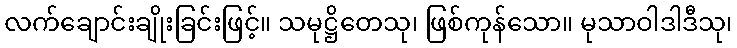
လက်ချောင်းချိုးခြင်းဖြင့်။ သမုဋ္ဌိတေသု၊ ဖြစ်ကုန်သော။ မုသာဝါဒါဒီသု၊